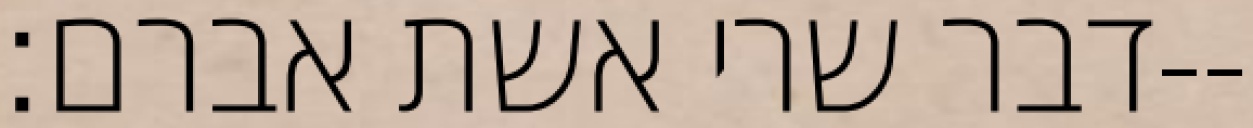
דבר שרי אשת אברם׃--